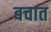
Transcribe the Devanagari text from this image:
बचात